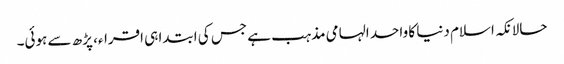
حالانکہ اسلام دنیا کا واحد الہامی مذہب ہے جس کی ابتدا ہی اقراء، پڑھ سے ہوئی۔